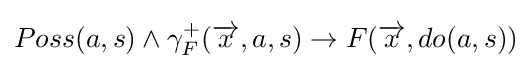
Poss(a,s)\wedge \gamma _{F}^{+}({\overrightarrow {x}},a,s)\rightarrow F({\overrightarrow {x}},do(a,s))